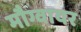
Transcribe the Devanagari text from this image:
मौग्वायर